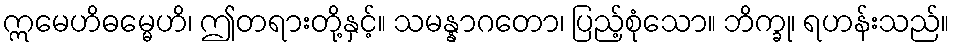
ဣမေဟိဓမ္မေဟိ၊ ဤတရားတို့နှင့်။ သမန္နာဂတော၊ ပြည့်စုံသော။ ဘိက္ခု၊ ရဟန်းသည်။